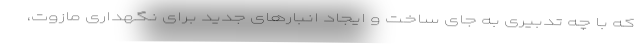
که با چه تدبیری به جای ساخت و ایجاد انبارهای جدید برای نگهداری مازوت،